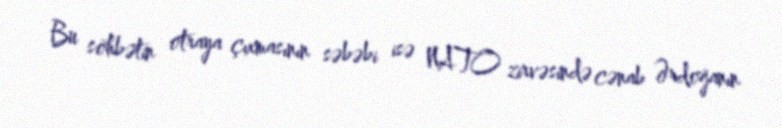
Bu söhbətin otraya çıxmasının səbəbi isə NATO zirvəsində cənab Ərdoğanın